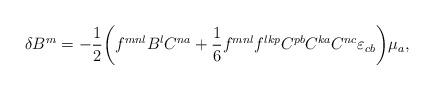
LaTeX: \begin{align*}\delta B^m=-\frac{1}{2}\bigg(f^{mnl}B^lC^{na}+\frac{1}{6}f^{mnl}f^{lkp}C^{pb} C^{ka}C^{nc}\varepsilon_{cb}\bigg)\mu_a,\end{align*}